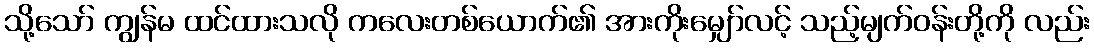
သို့သော် ကျွန်မ ထင်ထားသလို ကလေးတစ်ယောက်၏ အားကိုးမျှော်လင့် သည့်မျက်ဝန်းတို့ကို လည်း